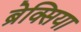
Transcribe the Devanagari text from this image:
ब्रेक्सिया